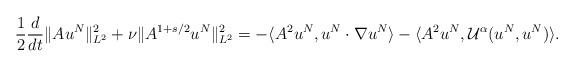
LaTeX: \begin{align*}\frac{1}{2}\frac{d}{dt}\|A u^N\|_{L^2}^2 + \nu \|A^{1+s/2}u^N\|_{L^2}^2 = -\langle A^2 u^N,u^N\cdot \nabla u^N\rangle -\langle A^2 u^N,\mathcal{U}^\alpha(u^N,u^N)\rangle.\end{align*}